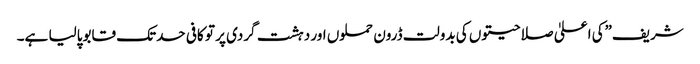
شریف”کی اعلیٰ صلاحیتوں کی بدولت ڈرون حملوں اور دہشت گردی پر تو کافی حدتک قابوپالیا ہے۔